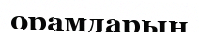
орамдарын